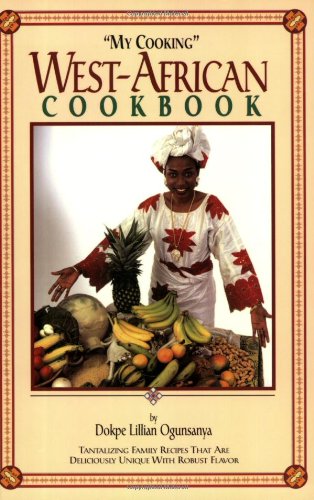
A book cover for "My Cooking" West-African Cookbook; Dokpe L. Ogunsanya; Cookbooks, Food & Wine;